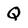
Character: Q